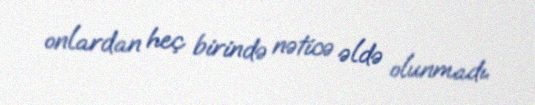
onlardan heç birində nəticə əldə olunmadı.